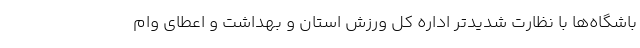
باشگاه‌ها با نظارت شدیدتر اداره کل ورزش استان و بهداشت و اعطای وام